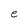
Character: e